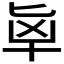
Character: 𰅵